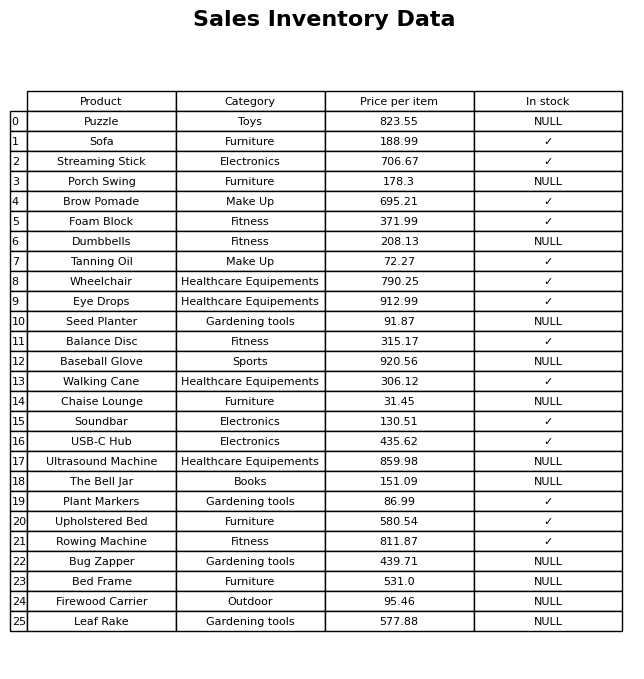
question: What is the price for Leaf Rake?
answer: The price of Leaf Rake is 577.88.